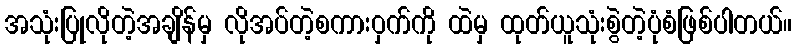
အသုံးပြုလိုတဲ့အချိန်မှ လိုအပ်တဲ့စကားဝှက်ကို ထဲမှ ထုတ်ယူသုံးစွဲတဲ့ပုံစံဖြစ်ပါတယ်။